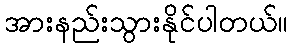
အားနည်းသွားနိုင်ပါတယ်။